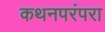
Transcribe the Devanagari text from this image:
कथनपरंपरा